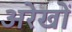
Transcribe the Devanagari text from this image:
अरेखों